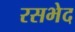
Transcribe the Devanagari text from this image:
रसभेद